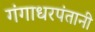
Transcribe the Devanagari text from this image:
गंगाधरपंतानी